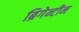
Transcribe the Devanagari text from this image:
ब्रिगेन्टीन